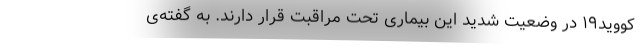
کووید۱۹ در وضعیت شدید این بیماری تحت مراقبت قرار دارند. به گفته‌ی